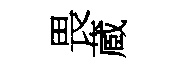
畏蔵